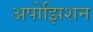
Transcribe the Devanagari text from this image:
अपोझिशन